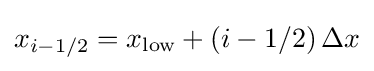
x_{i-1/2}=x_{\text{low}}+\left(i-1/2\right)\Delta x